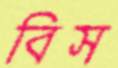
বিস